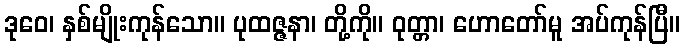
ဒုဝေ၊ နှစ်မျိုးကုန်သော။ ပုထဇ္ဇနာ၊ တို့ကို။ ဝုတ္တာ၊ ဟောတော်မူ အပ်ကုန်ပြီ။